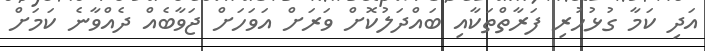
އަދި ކަމާ ގުޅުހުރި ފަރާތްތަކާއި ބައްދަލުކޮށް ވަރަށް އަވަހަށް ޖަވާބެއް ދެއްވާނެ ކަމަށް